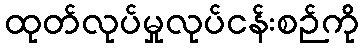
ထုတ်လုပ်မှုလုပ်ငန်းစဉ်ကို